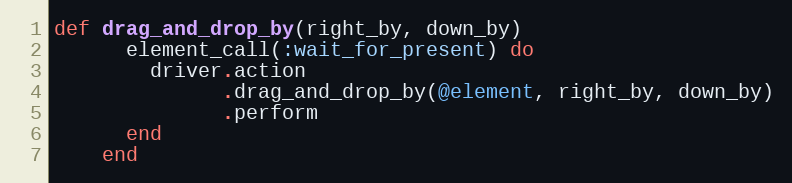
Language: Ruby
def drag_and_drop_by(right_by, down_by)
      element_call(:wait_for_present) do
        driver.action
              .drag_and_drop_by(@element, right_by, down_by)
              .perform
      end
    end